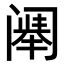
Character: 𬮷